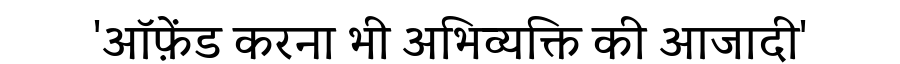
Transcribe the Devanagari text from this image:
'ऑफ़ेंड करना भी अभिव्यक्ति की आजादी'